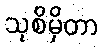
သုစိမှိတာ